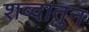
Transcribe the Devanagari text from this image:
शब्दातुन